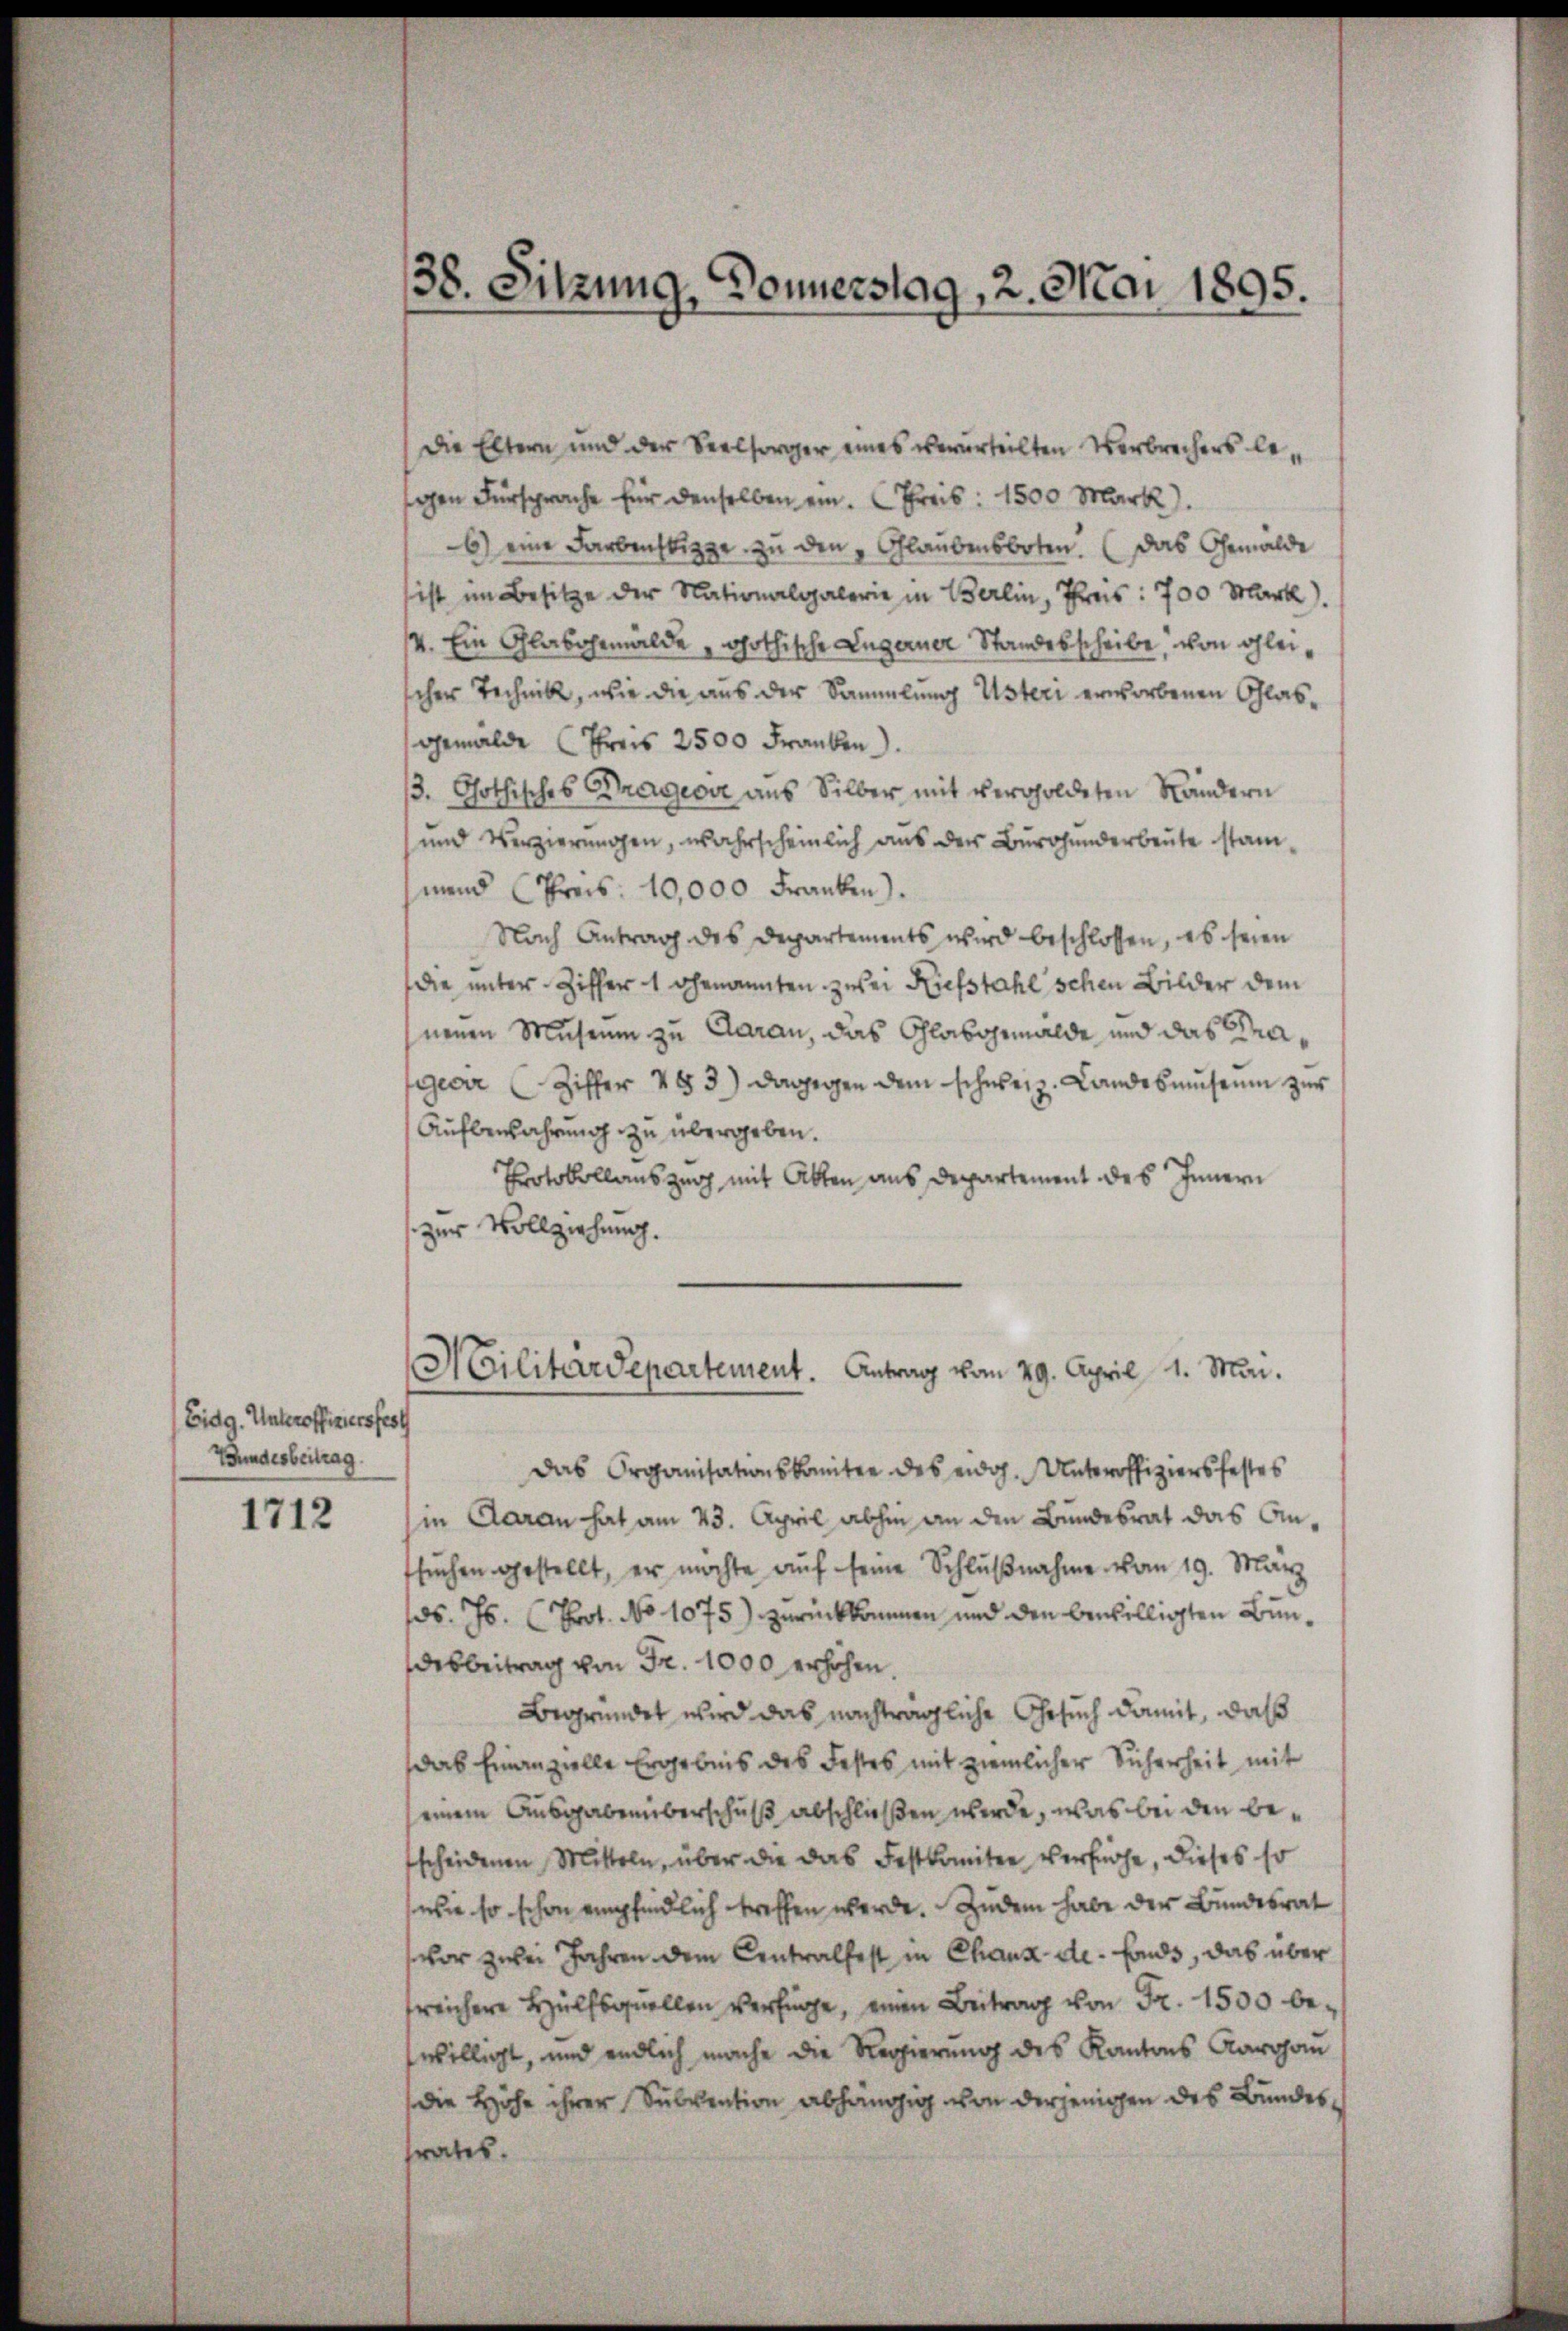
Eidg. Unteroffiziersfest
Bundesbeitrag.

1712

Die Eltern und der Seelsorger eines verurteilten Verbrechers besegen Fürsprache für denselben ein. Kreis: 1500 Mark).
6) eine Farbenstige zu den „Glaubensboten. (Das Gemälde
ist im Besitze der Nationalgalerie in Berlin, Preis: 700 Mark).
/4. Ein Glasgemälde „phothische Lagerner Standesscheibe, von gleischer Technik, wie die aus der Sammlung Usteri erworbenen Glasgemälde (Freis 2500 Franken.
3. Gothisches Krageoir aus Silber mit vergoldeten Händern
und Verzierungen, wahrscheinlich aus der Burghanderbeute stammend (Preis: 10,000 Franken).
Nach Antrag des Departements wird beschlossen, es seien
die unter Ziffer 1 genannten zwei Riefstahl schen Bilder dem
neuen Museum zu Garan, das Glasgemälde und das Kragever (Ziffer 183) dagegen dem schweiz. Landesmuseum zur
Aufbewahrung zu übergeben.
Protokollauszug mit Akten aus Departement des Innern
zur Vollziehung.

Das Organisationskomitee des eidg. Unteroffiziersfestes
in Daran hat am 23. April abhin an die Bundesrat das Ansŭchen gestellt, er möchte aŭf seine Schlŭβnahme vom 19. März
ds. Js. (Prot. No 1075) zurückkommen und den bewilligten Bundesbeitrag von Fr. 1000 erhöhen.
Begründet wird das nachträgliche Gesuch damit, daß
das einanzielle Ergebnis des Festes mit ziemlicher Sicherheit mit
einem Ausgabenüberschuß abschließen werde, was bei den bescheidenen Mitteln, über die das Festkomitee verfüge, dieses so
wie so schon empfindlich treffen werde. Zudem habe der Bundesrat
vor zwei Jahren dem Centralfest in Chaux-de-Fonds, das über
freichere Hülfsquellen verfüge, einen Beitrag von Fr. 1500 bewilligt, und endlich mache die Regierung des Kantons Aargau
die Höhe ihrer Subvention abhängig von derjenigen des Bundesrates.

38. Sitzung, Donnerstag, 2. Mai 1895.

NCilitärdepartement. Antrag vom 29. April 1. Mai.